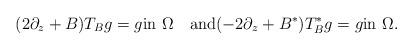
LaTeX: \begin{align*}(2\partial_z+B)T_{B}g=g\mbox{in}\,\,\Omega \quad\mbox{and}(-2\partial_{ z}+B^*)T^*_{B}g=g\mbox{in}\,\,\Omega.\end{align*}